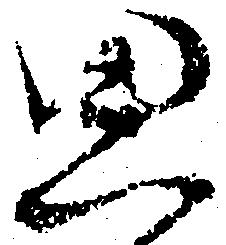
思